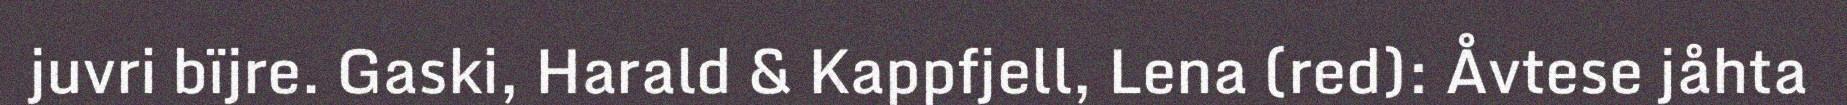
juvri bïjre. Gaski, Harald & Kappfjell, Lena (red): Åvtese jåhta